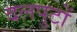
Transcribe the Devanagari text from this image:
दलपुटों